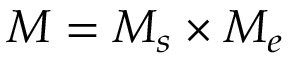
M = M _ { s } \times M _ { e }